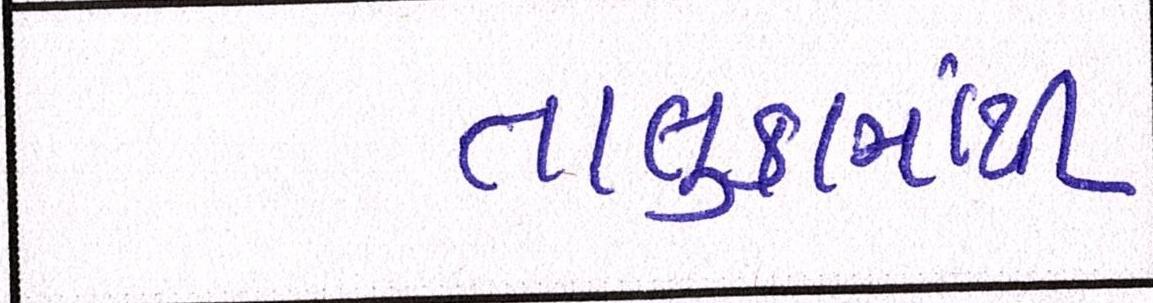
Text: તાલુકામાંથી